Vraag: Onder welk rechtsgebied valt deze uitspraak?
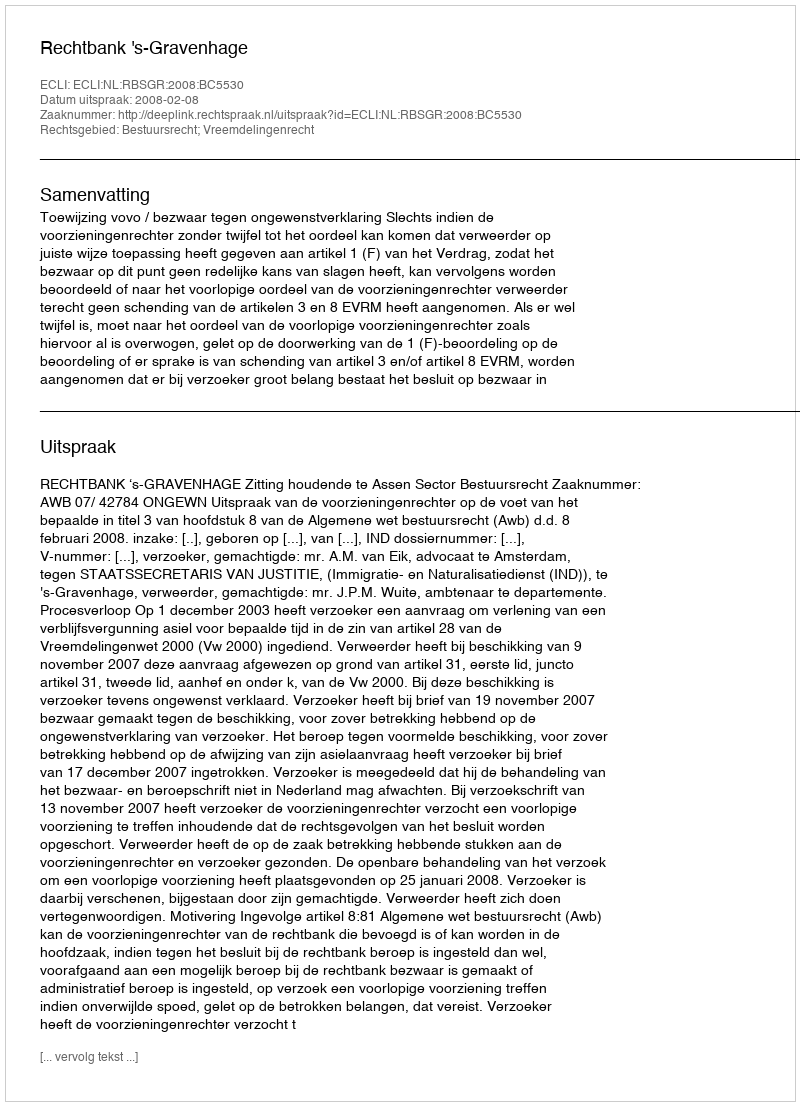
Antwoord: Bestuursrecht; Vreemdelingenrecht